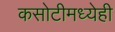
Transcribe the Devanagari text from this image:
कसोटीमध्येही